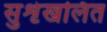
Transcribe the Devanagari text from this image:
सुशृंखलित